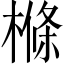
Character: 樤